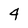
Character: 4